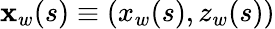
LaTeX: {\mathbf{x}}_{w}(s)\equiv(x_{w}(s),z_{w}(s))